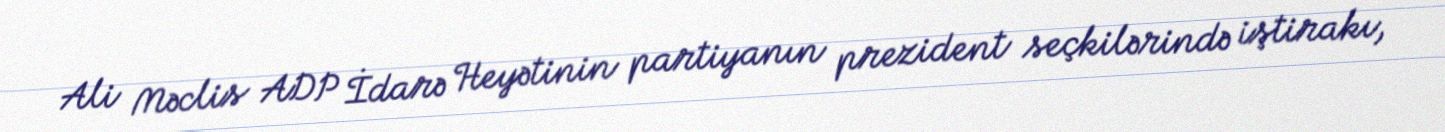
Ali Məclis ADP İdarə Heyətinin partiyanın prezident seçkilərində iştirakı,